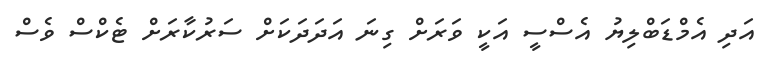
އަދި އެމްޑަބްލިޔު އެސްސީ އަކީ ވަރަށް ގިނަ އަދަދަކަށް ސަރުކާރަށް ޓެކްސް ވެސް